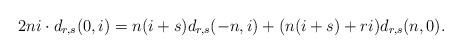
LaTeX: \begin{align*}2ni\cdot d_{r,s}(0,i)&=n(i+s)d_{r,s}(-n,i)+(n(i+s)+ri)d_{r,s}(n,0).\end{align*}